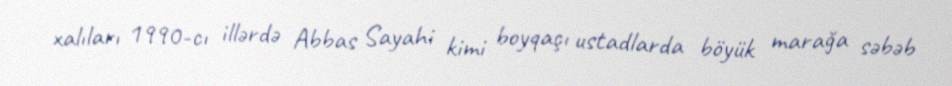
xalıları 1990-cı illərdə Abbas Sayahi kimi boyqaçı ustadlarda böyük marağa səbəb